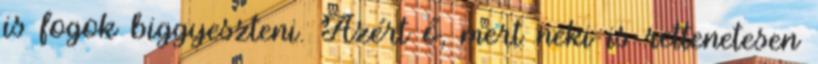
is fogok biggyeszteni. Azért ő, mert neki is rettenetesen